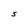
Character: s